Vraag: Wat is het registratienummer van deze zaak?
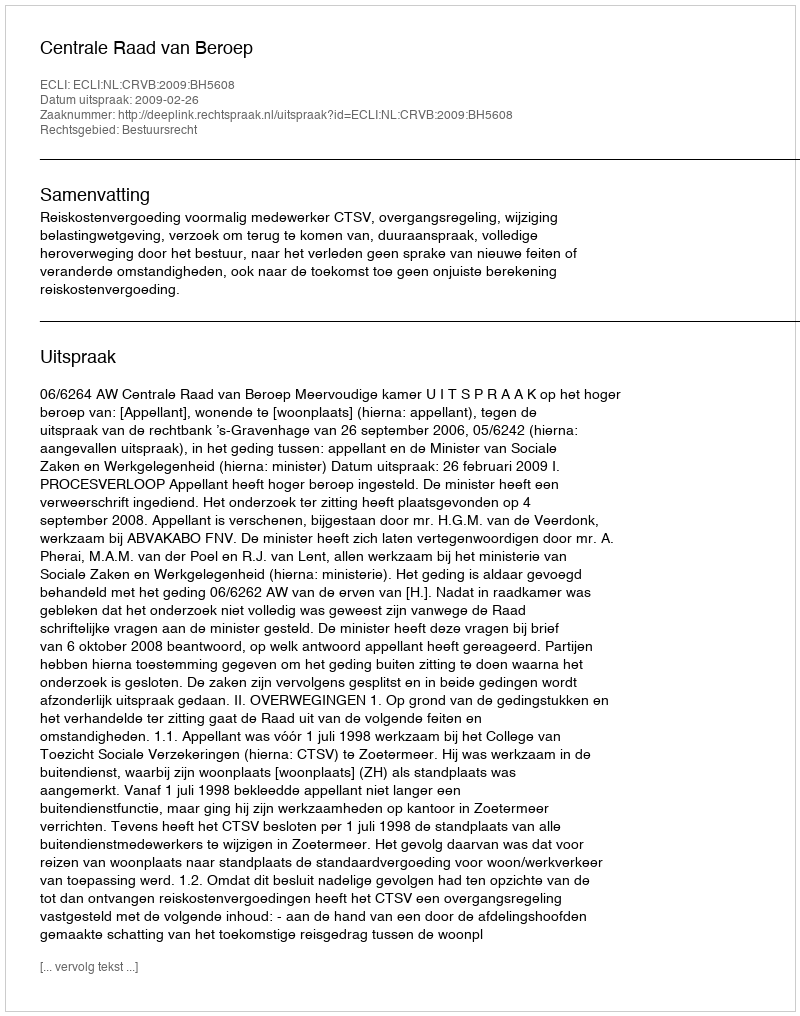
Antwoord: http://deeplink.rechtspraak.nl/uitspraak?id=ECLI:NL:CRVB:2009:BH5608